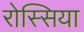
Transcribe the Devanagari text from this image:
रोस्सिया